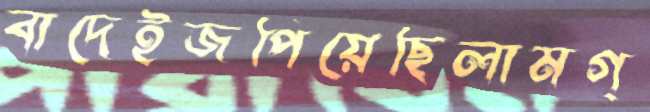
বাদেইজপিয়েছিলামগ্